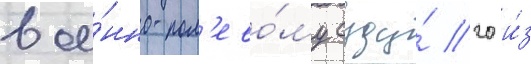
вое́нно-пол'ево́му суду́ 20 и́з